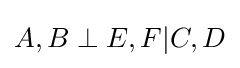
A,B\perp E,F|C,D